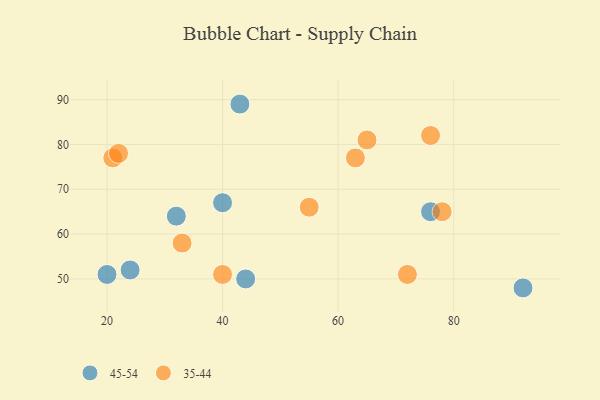
{"axis": {"x": "GDP", "y": "Life Expectancy"}, "legend": ["35-44", "45-54"], "data": [{"x": "20", "y": 51, "type": "45-54"}, {"x": "32", "y": 64, "type": "45-54"}, {"x": "92", "y": 48, "type": "45-54"}, {"x": "76", "y": 65, "type": "45-54"}, {"x": "40", "y": 67, "type": "45-54"}, {"x": "43", "y": 89, "type": "45-54"}, {"x": "24", "y": 52, "type": "45-54"}, {"x": "44", "y": 50, "type": "45-54"}, {"x": "63", "y": 77, "type": "35-44"}, {"x": "33", "y": 58, "type": "35-44"}, {"x": "21", "y": 77, "type": "35-44"}, {"x": "22", "y": 78, "type": "35-44"}, {"x": "76", "y": 82, "type": "35-44"}, {"x": "55", "y": 66, "type": "35-44"}, {"x": "72", "y": 51, "type": "35-44"}, {"x": "78", "y": 65, "type": "35-44"}, {"x": "40", "y": 51, "type": "35-44"}, {"x": "65", "y": 81, "type": "35-44"}]}